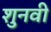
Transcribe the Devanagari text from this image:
शुनवी